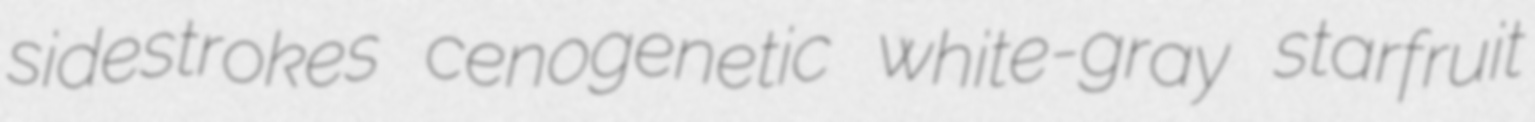
sidestrokes cenogenetic white-gray starfruit